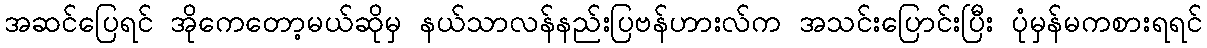
အဆင်ပြေရင် အိုကေတော့မယ်ဆိုမှ နယ်သာလန်နည်းပြဗန်ဟားလ်က အသင်းပြောင်းပြီး ပုံမှန်မကစားရရင်